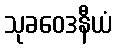
သုခဝေဒနီယံ